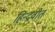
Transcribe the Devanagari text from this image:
हिन्दवीत